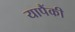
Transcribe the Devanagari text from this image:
यापैंकी